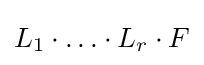
L_{1}\cdot {\dots }\cdot L_{r}\cdot F